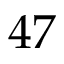
4 7